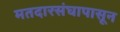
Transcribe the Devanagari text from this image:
मतदारसंघापासून